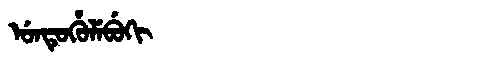
Manchu: ᡠᠨᡨᡠᡥᡠᠯᡝᠪᡠᡴᡳ
Romanization: UNTUHULEBUKI